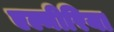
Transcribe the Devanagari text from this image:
एल्मीरिया